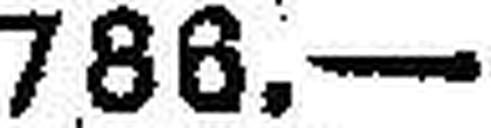
788.—